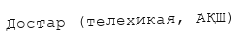
Достар (телехикая, АҚШ)